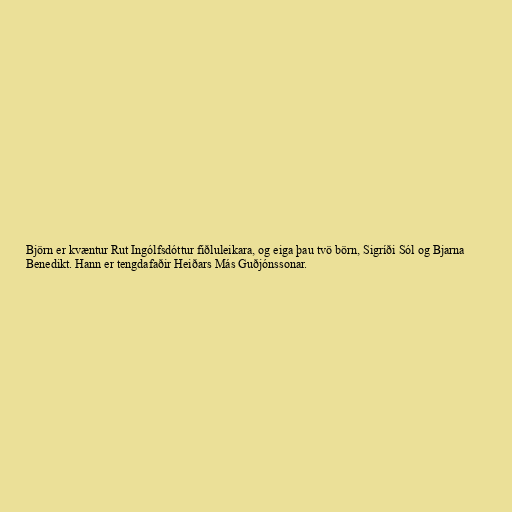
Björn er kvæntur Rut Ingólfsdóttur fiðluleikara, og eiga þau tvö börn, Sigríði Sól og Bjarna
Benedikt. Hann er tengdafaðir Heiðars Más Guðjónssonar.